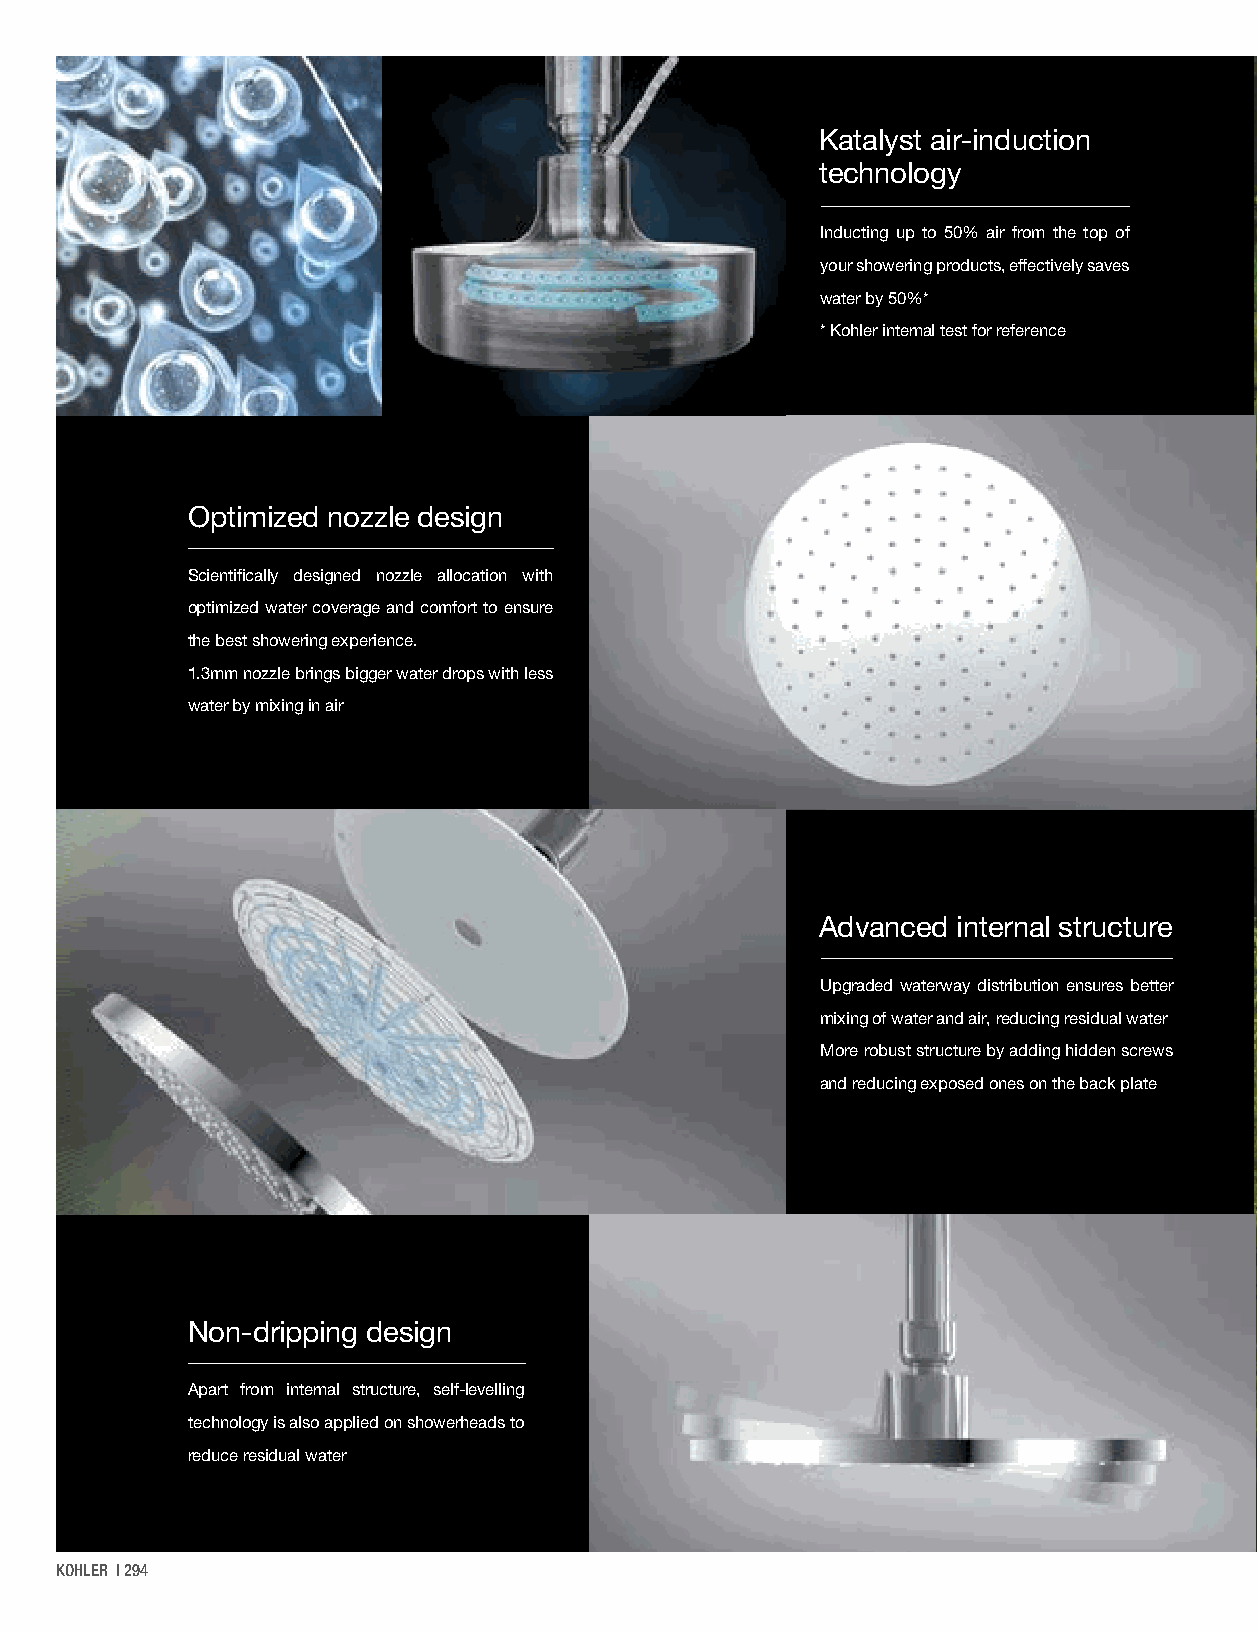
Katalyst air-induction
 Katalyst+ Showerheads
 technology
 Inducting up to 50% air from the top of Drenching your showering experience
 your showering products, effectively saves with Katalyst technology
 water by 50%*
 * Kohler internal test for reference
 Optimized nozzle design
 Scientifically designed nozzle allocation with
 optimized water coverage and comfort to ensure
 the best showering experience.
 1.3mm nozzle brings bigger water drops with less
 water by mixing in air
 Advanced internal structure
 Upgraded waterway distribution ensures better
 mixing of water and air, reducing residual water
 More robust structure by adding hidden screws
 and reducing exposed ones on the back plate
 Non-dripping design
 Apart from internal structure, self-levelling
 technology is also applied on showerheads to
 reduce residual water
 KOHLER | 294